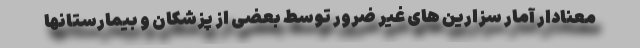
معنادار آمار سزارین های غیر ضرور توسط بعضی از پزشکان و بیمارستانها